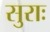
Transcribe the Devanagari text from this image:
सुराः